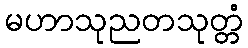
မဟာသုညတသုတ္တံ